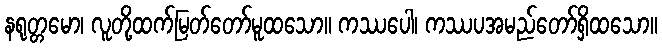
နရုတ္တမော၊ လူတို့ထက်မြတ်တော်မူထသော။ ကဿပေါ၊ ကဿပအမည်တော်ရှိထသော။